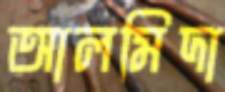
আলমিদা